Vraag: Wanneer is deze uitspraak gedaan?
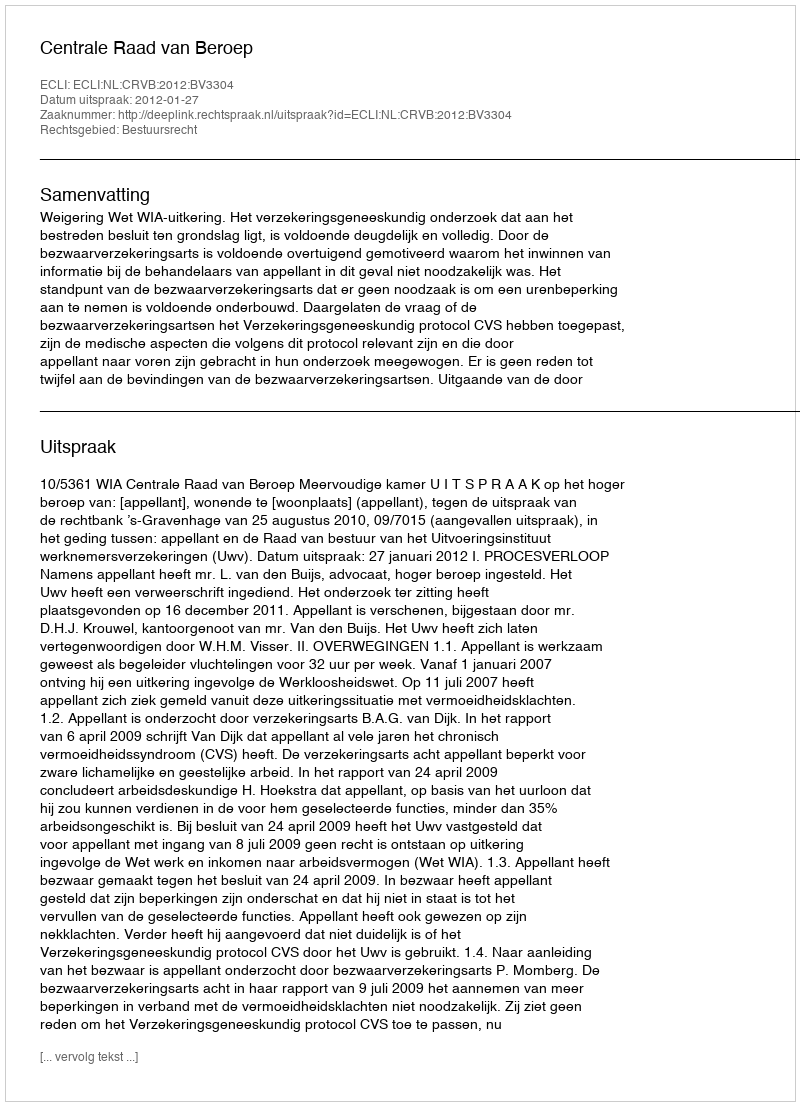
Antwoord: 2012-01-27